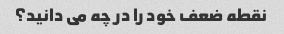
نقطه ضعف خود را در چه می دانید؟